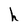
Character: h